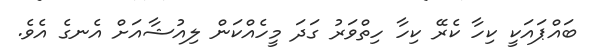
ބައްޕައަކީ ކިހާ ކެރޭ ކިހާ ހިތްވަރު ގަދަ މީހެއްކަން ލިއުޝާއަށް އެނގެ އެވެ.